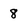
Character: 8